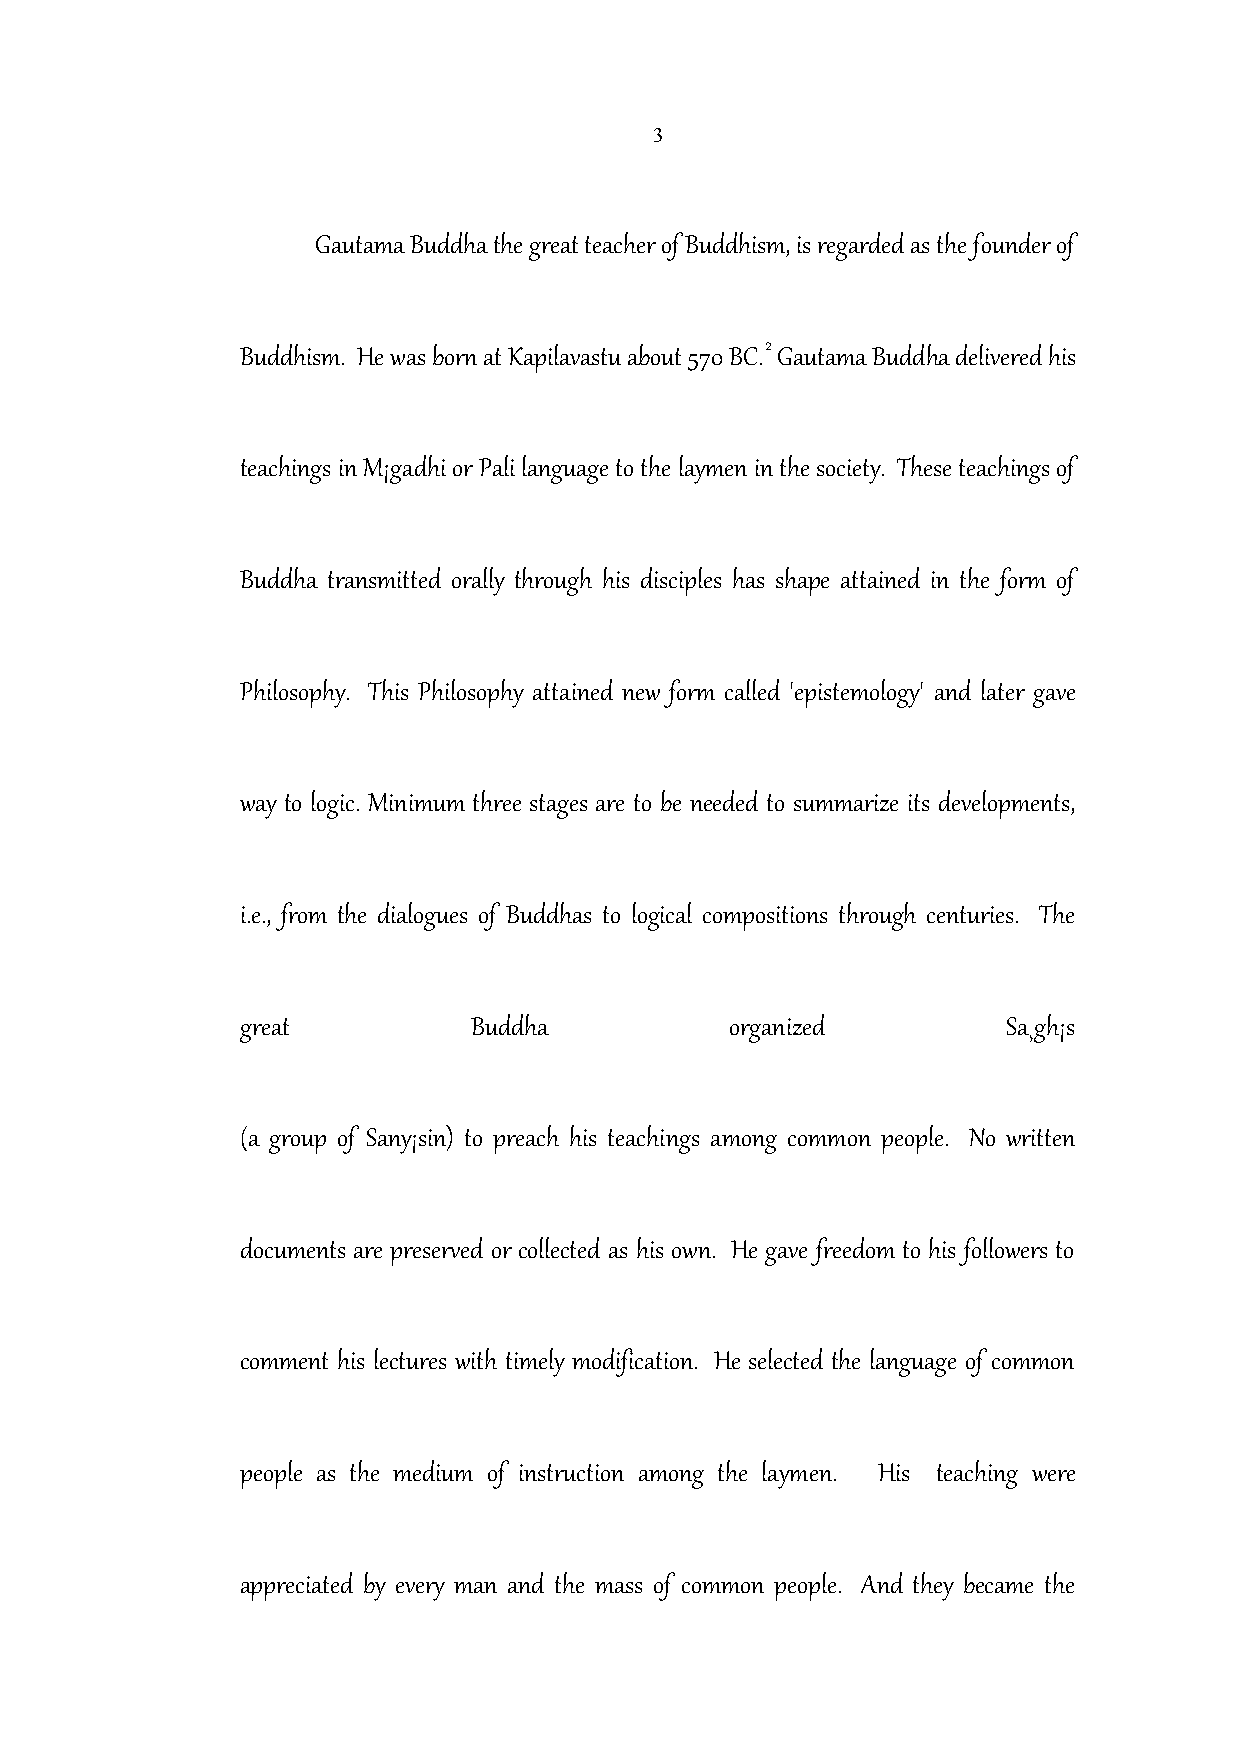
3
 Gautama Buddha the great teacher of Buddhism, is regarded as the founder of
 2
 Buddhism. He was born at Kapilavastu about 570 BC. Gautama Buddha delivered his
 teachings in M¡gadhi or Pali language to the laymen in the society. These teachings of
 Buddha transmitted orally through his disciples has shape attained in the form of
 Philosophy. This Philosophy attained new form called 'epistemology' and later gave
 way to logic. Minimum three stages are to be needed to summarize its developments,
 i.e., from the dialogues of Buddhas to logical compositions through centuries. The
 great          Buddha           organized          Sa¸gh¡s
 (a group of Sany¡sin) to preach his teachings among common people. No written
 documents are preserved or collected as his own. He gave freedom to his followers to
 comment his lectures with timely modification. He selected the language of common
 people as the medium of instruction among the laymen. His teaching were
 appreciated by every man and the mass of common people. And they became the